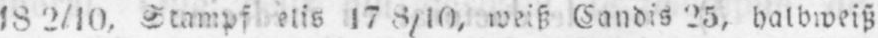
18 2/10, Stampf eits 17 8/10 weiß Candis 25, halbweiß